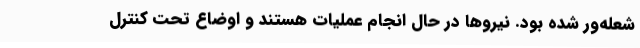
شعله‌ور شده بود. نیروها در حال انجام عملیات هستند و اوضاع تحت کنترل